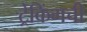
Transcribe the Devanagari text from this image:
ट्रेकिंगची